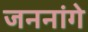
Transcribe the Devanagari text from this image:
जननांगे